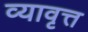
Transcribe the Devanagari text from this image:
व्यावृत्त